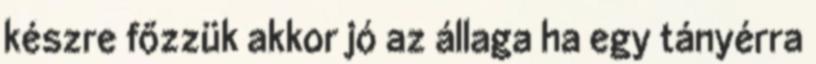
készre főzzük akkor jó az állaga ha egy tányérra